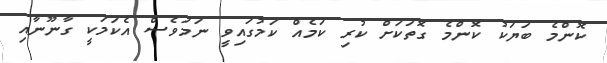
ކޮންމެ ބަޔަކު ކޮންމެ ގޮތަކަށް ކުރި ކަމެއް ކަމުގައިވީ ނަމަވެސް އެކަމަކީ ގާނޫނާއި